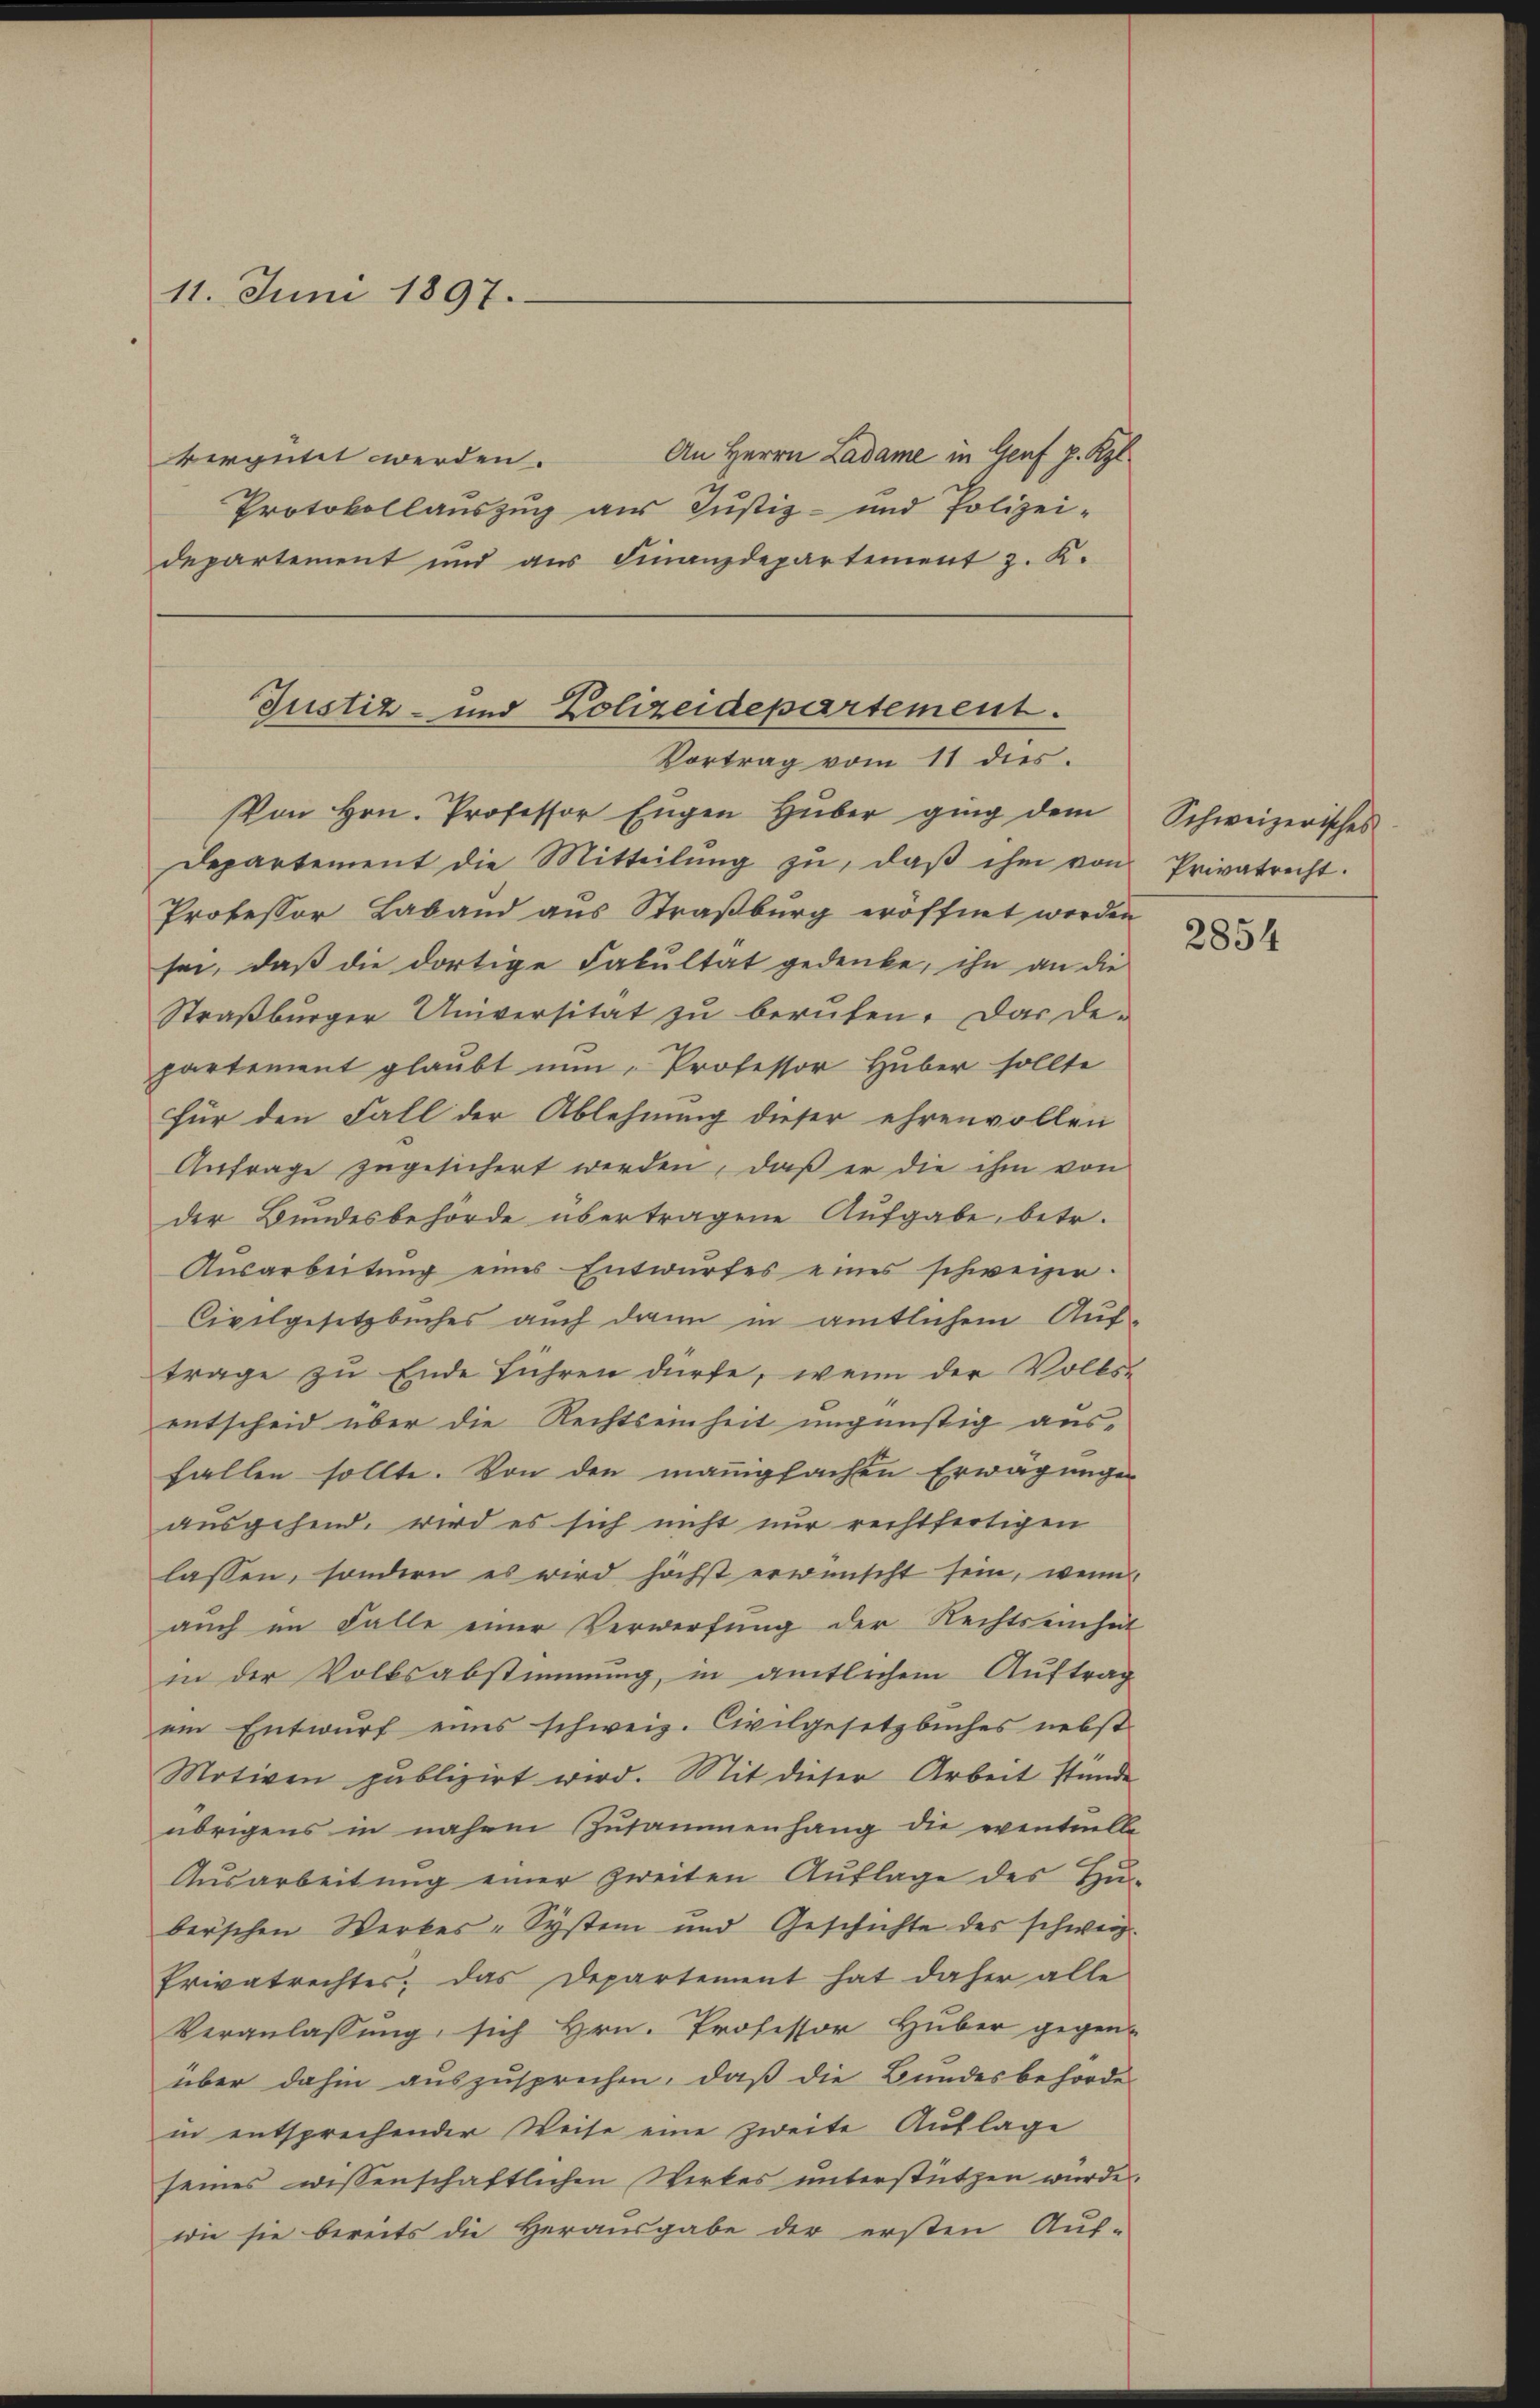
11. Juni 1897.

An Herrn Ladame in Genf p. Kzl.
vergütet werden.
Protokollauszug aus Justiz- und Polizei-
departement und aŭs Finanzdepartement z. K.

Justiz- und Polizeidepartement.
Vortrag vom 11 dies.

VVon Hrn. Professor Eŭgen Hŭber ging dem Schweizerisches
Departement die Mitteilŭng zŭ, daβ ihm von Privatrecht.
Professor Laband aus Straßburg eröffnet werden
sei, daß die dortige Fakultät gedenke, ihn an die
Straßburger Universität zu berufen. Das De-
partement glaubt nun Professor Huber sollte
für den Fall der Ablehnung dieser ehrenvollen
Anfrage zugesichert werden, daß er die ihm von
der Bundesbehörde übertragene Aufgabe betr.
Ausarbeitŭng eines Entwŭrfes eines schweizer-
Civilgesetzbuches auch dann in amtlichem Auftrage zu Ende führen dürfe, wenn der Volksentscheid über die Rechtseinheit ungünstig ausfallen sollte. Von den manigfachen Erwägungs-
ausgehend. wird es sich nicht nur rechtfertigen
lassen, sondern es wird höchst erwünscht sein, wenn
auch im Falle einer Verwerfung der Rechtseinhat
in der Volksabstimmung, in amtlichem Auftrag
ein Entwurf eines schweiz. Civilgesetzbuches nebst
Motiven publizirt wird. Mit dieser Arbeit stünde
übrigens in nahem Zusammenhang die eventuelle
Ausarbeitung einer zweiten Auflage des Huber’schen Werkes-System und Geschichte des schweiz.
Privatrechtes, das Departement hat daher alle
Vergelassung sich Hrn. Professor Huber gegen-
über dahin auszusprechen, daß die Bundesbehörde
in entsprechender Weise eine zweite Auflage
seines wissenschaftlichen Wirkes unterstützen wurde.
wie sie bereits die Herausgabe der ersten Auf-

2854